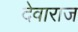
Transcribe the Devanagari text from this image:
देवाराज